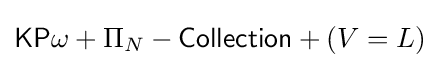
{\mathsf {KP}}\omega +\Pi _{N}-{\mathsf {Collection}}+(V=L)